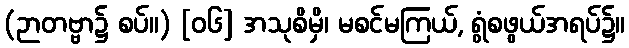
(ဉာတဗ္ဗာ၌ စပ်။) [၀၆] အသုစိမှိ၊ မစင်မကြယ်, ရွံစဖွယ်အရပ်၌။